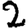
Digit: 2